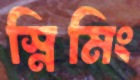
স্নিমিং